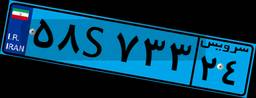
۵۸S۷۳۳۲۴